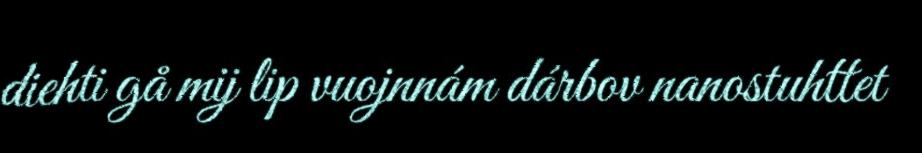
diehti gå mij lip vuojnnám dárbov nanostuhttet